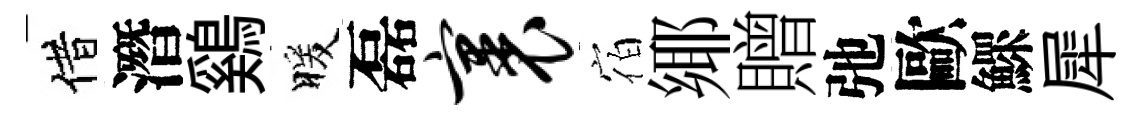
借潛鷄暖磊裹宿鄊贈弛歐鰥犀